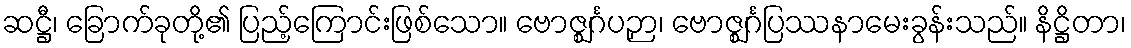
ဆဋ္ဌီ၊ ခြောက်ခုတို့၏ ပြည့်ကြောင်းဖြစ်သော။ ဗောဇ္ဈင်္ဂပဉှာ၊ ဗောဇ္ဈင်္ဂပြဿနာမေးခွန်းသည်။ နိဋ္ဌိတာ၊